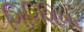
ગિરિશિખર